Report on plague and inoculation in the Punjab from October 1st ... to September 30th..., being the ... season of plague in the province
Disease focus: Plague
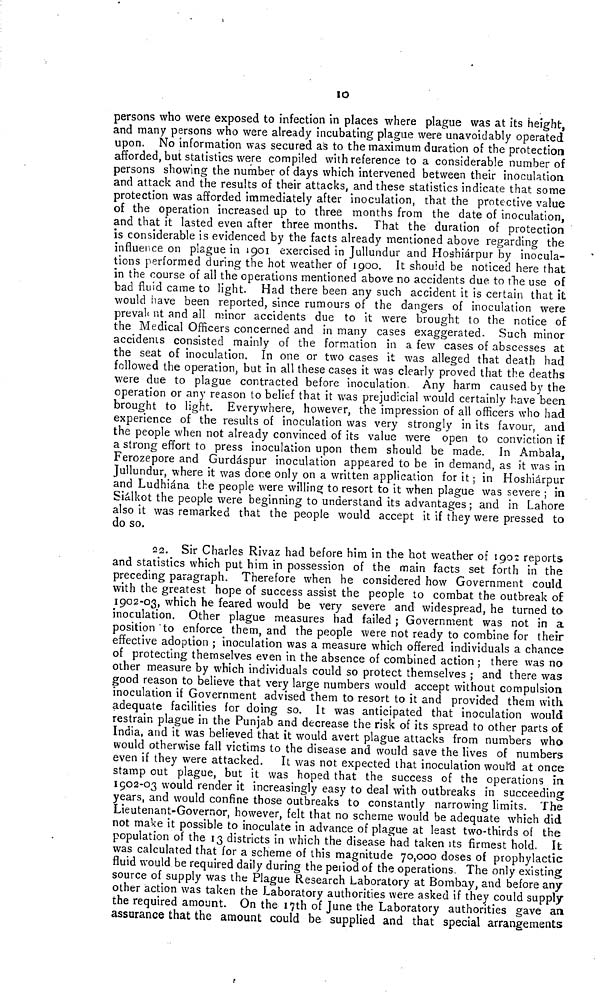
1O
persons who were exposed to infection in places where plague was at its height,
and many persons who were already incubating plague were unavoidably operated
upon. No information was secured as to the maximum duration of the protection
afforded, but statistics were compiled with reference to a considerable number of
persons showing the number of days which intervened between their inoculation
and attack and the results of their attacks, and these statistics indicate that some
protection was afforded immediately after inoculation, that the protective value
of the operation increased up to three months from the date of inoculation,
and that it lasted even after three months. That the duration of protection
is considerable is evidenced by the facts already mentioned above regarding the
influence on plague in 1901 exercised in Jullundur and Hoahiárpur by inocula-
tions performed during the hot weather of 1900. It should be noticed here that
in the course of all the operations mentioned above no accidents due to the use of
bad fluid came to light. Had there been any such accident it is certain that it
would have been reported, since rumours of the dangers of inoculation were
prevakant and all minor accidents due to it were brought to the notice of
the Medical Officers concerned and in many cases exaggerated. Such minor
accidenis consisted mainly of the formation in a few cases of abscesses at
the seat of inoculation. In one or two cases it was alleged that death had
followed the operation, but in all these cases it was clearly proved that the deaths
were due to plague contracted before inoculation. Any harm caused by the
operation or any reason to belief that it was prejudicial would certainly have been
brought to light. Everywhere, however, the impression of all officers who had
experience of the results of inoculation was very strongly in its favour, and
the people when not already convinced of its value were open to conviction if
a strong effort to press inoculation upon them should be made. In Ambala,
Ferozepore and Gurdáspur inoculation appeared to be in demand, as it was in
Jullundur, where it was dore only on a written application for it ; in Hoshiárpur
and Ludhiána the people were willing to resort to it when plague was severe ; in
Siálkot the people were beginning to understand its advantages ; and in Lahore
also it was remarked that the people would accept it if they were pressed to
do so.
22. Sir Charles Rivaz had before him in the hot weather of 1902 reports
and statistics which put him in possession of the main facts set forth in the
preceding paragraph. Therefore when he considered how Government could
with the greatest hope of success assist the people to combat the outbreak of
1902-03, which he feared would be very severe and widespread, he turned to
inoculation. Other plague measures had failed ; Government was not in a
position to enforce them, and the people were not ready to combine for their
effective adoption ; inoculation was a measure which offered individuals a chance
of protecting themselves even in the absence of combined action ; there was no
other measure by which individuals could so protect themselves ; and there was
good reason to believe that very large numbers would accept without compulsion
inoculation if Government advised them to resort to it and provided them with
adequate facilities for doing so. It was anticipated that inoculation would
restrain plague in the Punjab and decrease the risk of its spread to other parts of
India, and it was believed that it would avert plague attacks from numbers who
would otherwise fall victims to the disease and would save the lives of numbers
even if they were attacked.
It was not expected that inoculation would at once
stamp out plague, but it was hoped that the success of the operations in
1902-03 would render it increasingly easy to deal with outbreaks in succeeding
years, and would confine those outbreaks to constantly narrowing limits. The
Lieutenant-Governor, however, felt that no scheme would be adequate which did
not make it possible to inoculate in advance of plague at least two-thirds oí the
population of the 13 districts in which the disease had taken its firmest hold. It
was calculated that for a scheme of this magnitude 70,000 doses of prophylactic
fluid would be required daily during the period of the operations. The only existing
source of supply was the Plague Research Laboratory at Bombay» and before any
other action was taken the Laboratory authorities were asked if they could supply
the required amount. On the 17th of June the Laboratory authorities gave an
assurance that the amount could be supplied and that special arrangements